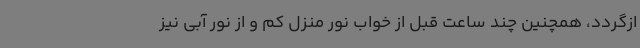
ازگردد، همچنین چند ساعت قبل از خواب نور منزل کم و از نور آبی نیز